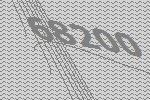
68200